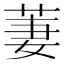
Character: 萋